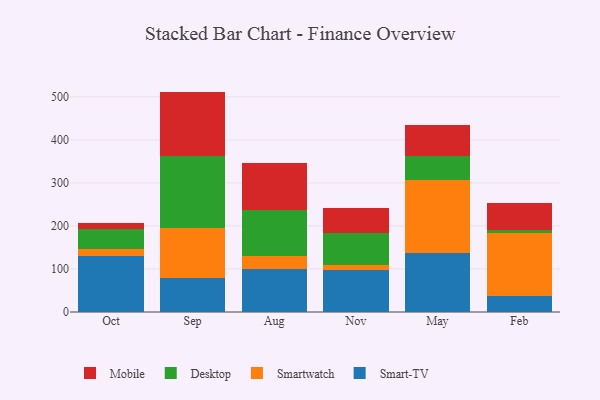
{"axis": {"x": "Month", "y": "Conversion Rate (%)"}, "legend": ["Desktop", "Mobile", "Smart-TV", "Smartwatch"], "data": [{"x": "Oct", "y": 129.1, "type": "Smart-TV"}, {"x": "Oct", "y": 17.6, "type": "Smartwatch"}, {"x": "Oct", "y": 46.1, "type": "Desktop"}, {"x": "Oct", "y": 12.9, "type": "Mobile"}, {"x": "Sep", "y": 79.9, "type": "Smart-TV"}, {"x": "Sep", "y": 115.0, "type": "Smartwatch"}, {"x": "Sep", "y": 167.0, "type": "Desktop"}, {"x": "Sep", "y": 150.2, "type": "Mobile"}, {"x": "Aug", "y": 99.2, "type": "Smart-TV"}, {"x": "Aug", "y": 31.3, "type": "Smartwatch"}, {"x": "Aug", "y": 105.6, "type": "Desktop"}, {"x": "Aug", "y": 109.4, "type": "Mobile"}, {"x": "Nov", "y": 97.6, "type": "Smart-TV"}, {"x": "Nov", "y": 11.2, "type": "Smartwatch"}, {"x": "Nov", "y": 75.2, "type": "Desktop"}, {"x": "Nov", "y": 56.6, "type": "Mobile"}, {"x": "May", "y": 136.3, "type": "Smart-TV"}, {"x": "May", "y": 169.9, "type": "Smartwatch"}, {"x": "May", "y": 55.8, "type": "Desktop"}, {"x": "May", "y": 72.5, "type": "Mobile"}, {"x": "Feb", "y": 37.9, "type": "Smart-TV"}, {"x": "Feb", "y": 146.0, "type": "Smartwatch"}, {"x": "Feb", "y": 5.6, "type": "Desktop"}, {"x": "Feb", "y": 64.9, "type": "Mobile"}]}